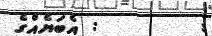
:        : އެބަޔެއްގެ